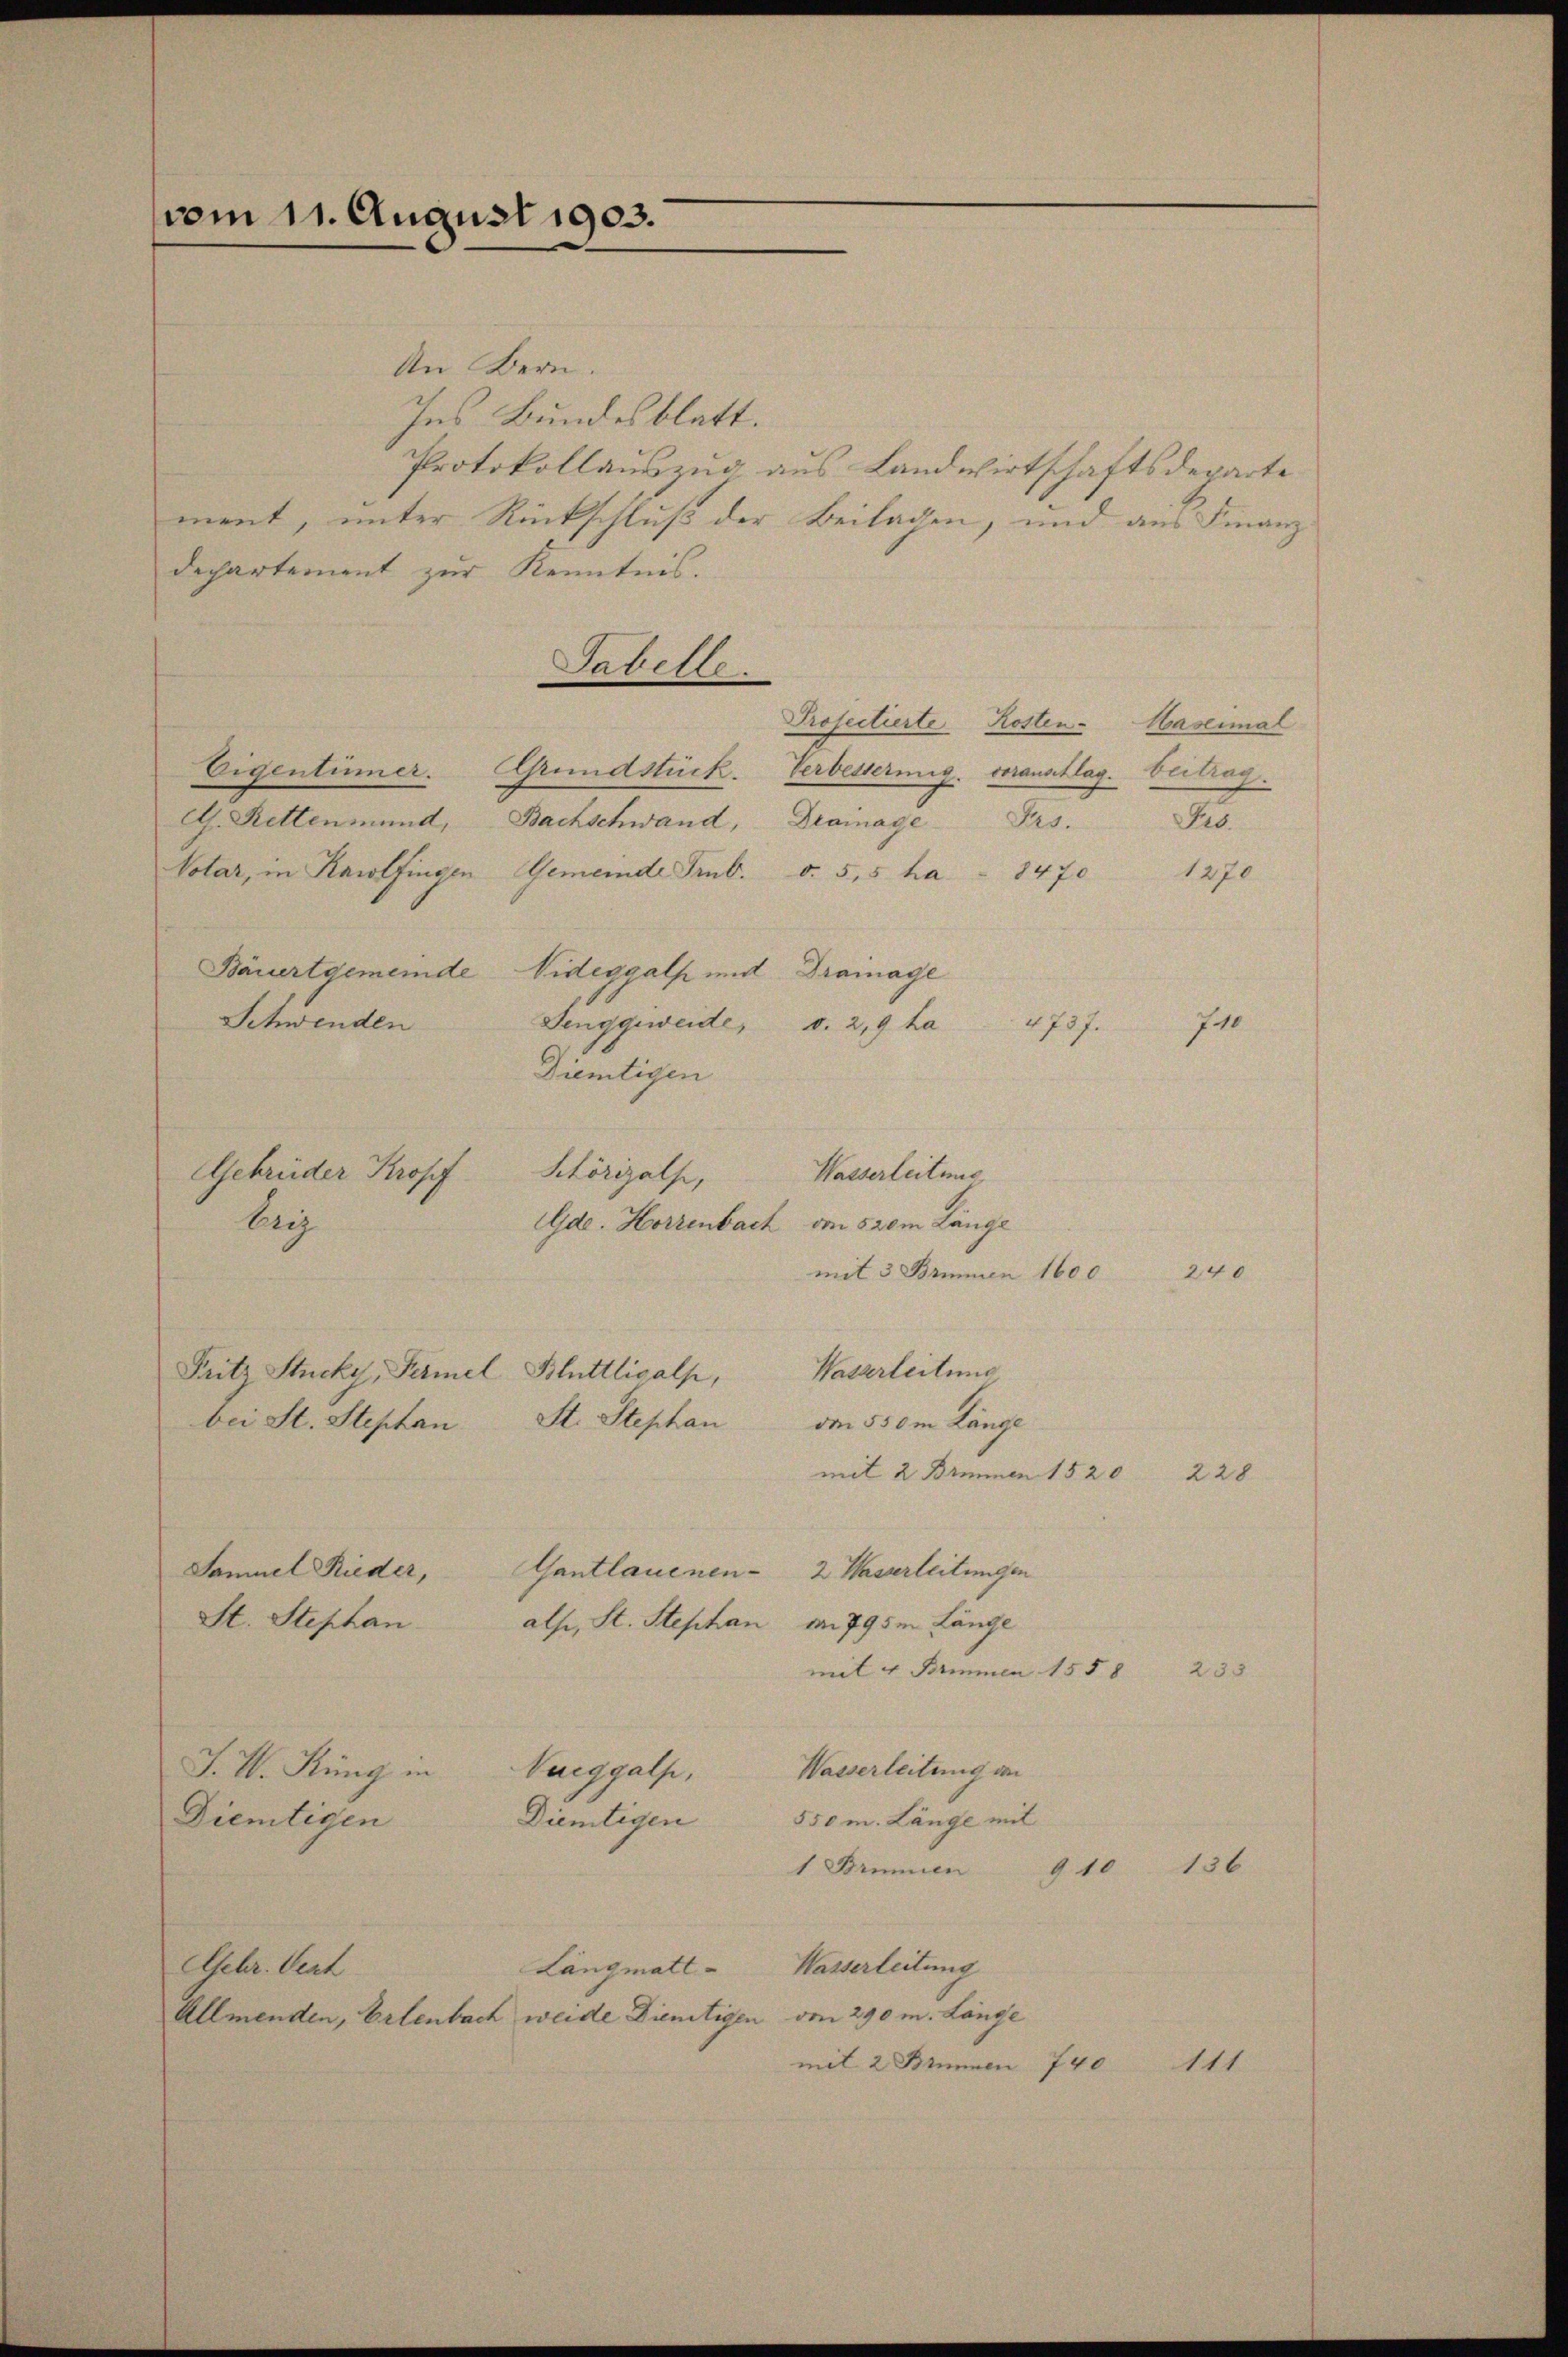
vom 11. August 1903.

An Bern.
Ins Bundesblatt.
Protokollauszug aus Landwirtschaftsdeparte
ment, unter Rückschluß der Beilagen, und aus Finanz
dechartement zur Kenntnis.
Tabelle.
Prosectierte Kosten-
Eigentümer.
Grundstück. Verbesserung voranschlag. Beitrag.
Ah. Rettenmund, Bachschwand, Dramage Frs.
Notar, in Karolfingen
Gemeinde Srb. d. 5,5 ha 8470
Bäuertgemeinde
Videggalp und Drainage
Schwenden
Senggeweide,
d. 2,9 ha
Diemtigen
Gde. Horzenbach von 520m Länge
mit 3 Brunnen 1600
Wasserleitung
Fritz Stucky, Permel Bluttlisalp,
St. Stephan von 550m Länge
bei St. Stephan
mit 2 Brimmen 1520
Samuel Rieder,
Gantlauenen-
2 Wasserleitungen
St. Stephan
alse, St. Stephan a. 795en Länge
mit 4 Brmmmen 1558
Wasserleitung an
J. U. Küng in Naeggalp,
550 m. Länge mit
Diemtigen
Diemtigen
1 Brunnen 9 10
Wasserleitung
Asehr. Vert
Langmatt-
Allmenden, Erlenbach weide Dienstigen von 290 m. Länge
mit 2 Brinen 740

Gebrüder Kropf
bey

Schörizalp,

Wasserleitung

4727.

Haseimal
Seb.

1270

136

111